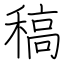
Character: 稿